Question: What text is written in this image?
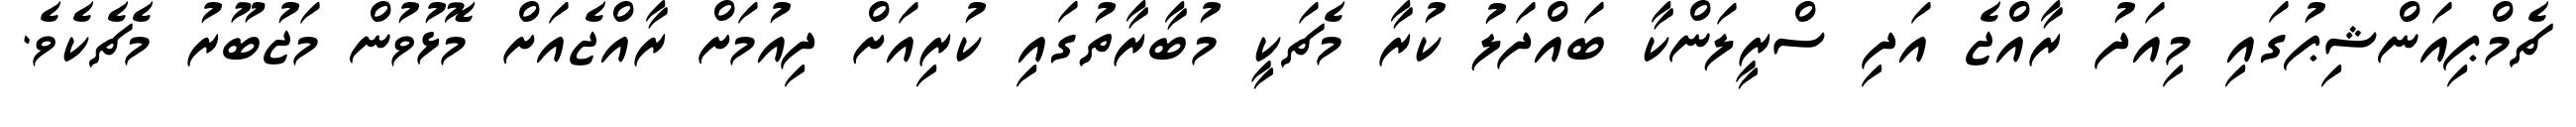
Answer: ޗެމްޕިއަންޝިޕުގައި މިއަދު ރާއްޖެ އަދި ސްރީލަންކާ ބައްދަލު ކުރާ މެޗަކީ މުބާރާތުގައި ކުރިއަށް ދިއުމަށް ރާއްޖެއަށް މޮޅުވުން މަޖުބޫރު މެޗެކެވެ.